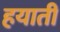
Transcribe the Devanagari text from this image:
हयाती